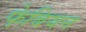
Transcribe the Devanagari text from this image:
फे़बियन